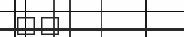
٢٧